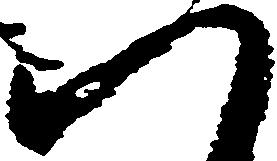
八